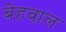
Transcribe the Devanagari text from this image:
बेहवाल